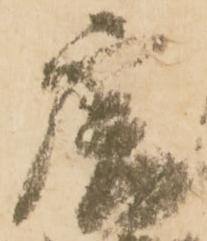
唐